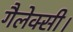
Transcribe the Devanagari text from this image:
गैलेक्सी।